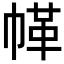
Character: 𢃲